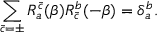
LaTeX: \sum _ { \bar { c } = \pm } R _ { a } ^ { \bar { c } } ( \beta ) R _ { \bar { c } } ^ { b } ( - \beta ) = \delta _ { a } ^ { b } .